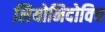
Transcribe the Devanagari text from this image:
लियोनिदोविच